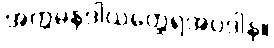
အက္ကမနဒါယတ္ထေရအပဒါန။